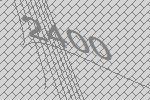
2400